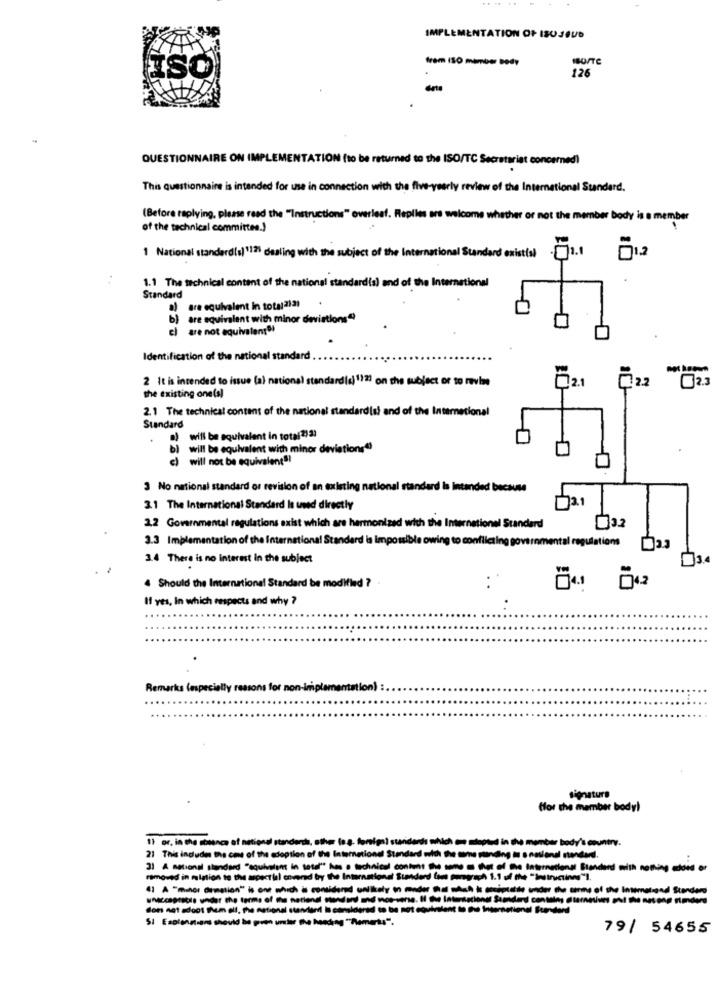
....
IMPLEMENTATION OF ISUJEUD
frem ISO member body
ISO
126
QUESTIONNAIRE ON IMPLEMENTATION (to be returned to the ISO/TC Secretariat concerned)
This questionnaire is intended for use in connection with the five-yearly review of the International Standard.
(Before replying, please read the "Instructions" overleaf. Replies are welcome whether or not the member body is a member
of the technical committee.)
1 National standard(s)1121 dealing with the subject of the International Standard existial
1.1 The technical content of the national standard(s) and of the International
Standard
a) are equivalent in total2131
are equivalent with minor davistions"
el are not equivalente!
Identification of the national standard
2 It is intended to issue (a) national standard(s) 112) on the subject or to revise
Ő21
the existing one(s)
2.1 The technical content of the national standardist and of the International
Standard
will be equivalent in total2) 33
b)
will be equivalent with minor deviations"
c) will not be equivalent !!
3 No national standard or revision of an existing nation
ded because
72.1
3.1 The International Standard Is used directly
2,2 Governmental regulations exist which are harmonized with the International Standard
3.2
3.3 Implementation of the International Standard is impossible owing to conflicting governmental regulations
3.4 There is no Interest in the subject
4 Should the International Standard be modified ?
If yes, In which respects and why ?
Remarks (especially ressons for non-implementation) :
(for the member body)
11 or, in the stanca of national standards, ather (9 8- tonie
WNich on stopsud in the member body's country.
21 This includes the cms of the adoption of the International
the who a hat of the International Standard with nothing adoid or
removed in mlation to the aspectlil covered by the Internato
unAcceptable under the terms of the national Honderd and mor-sere. Il Su Interstationd Sausderd contains dtaranis out the net ong
don not adoct them all, The national standland Is considered to be not equivalent to the International Standard
SI Esolennians should be pren under the heading ""Ramerts".
79/ 54655